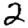
Digit: 2